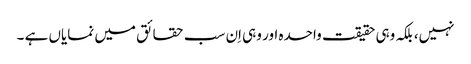
نہیں، بلکہ وہی حقیقت واحدہ اور وہی اِن سب حقائق میں نمایاں ہے ۔